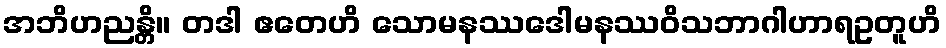
အဘိဟညန္တိ။ တဒါ ဧတေဟိ သောမနဿဒေါမနဿဝိသဘာဂါဟာရဥတူဟိ